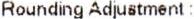
ROUNDING ADJUSTMENT :